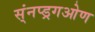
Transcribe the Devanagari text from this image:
स्ंनप्ड्रगओण